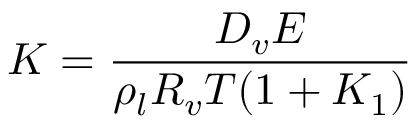
K = \frac { D _ { v } E } { \rho _ { l } R _ { v } T ( 1 + K _ { 1 } ) }